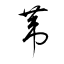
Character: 葦